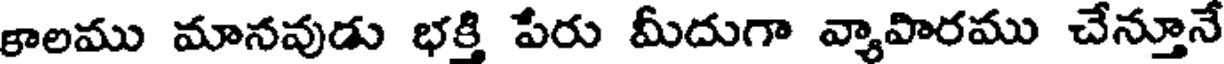
కాలము మానవుడు భక్తి పేరు మీదుగా వ్యాపారము చేన్తూనే